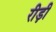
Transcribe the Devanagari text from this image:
रीड़ी